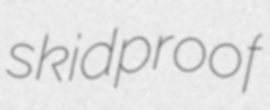
skidproof